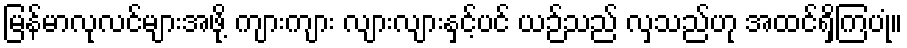
မြန်မာလုလင်များအဖို့ ကျားကျား လျားလျားနှင့်ပင် ယဉ်သည် လှသည်ဟု အထင်ရှိကြပုံ။